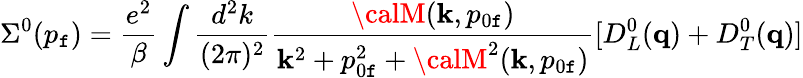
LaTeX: \Sigma^{0}(p_{\mathtt{f}})={\frac{{e^{2}}}{{\beta}}}\int{\frac{{d^{2}k}}{{(2\pi)^{2}}}}{\frac{{{\calM}({\mathbf{k}},p_{0\mathtt{f}})}}{{{\mathbf{k}}^{2}+p_{0\mathtt{f}}^{2}+{\calM}^{2}({\mathbf{k}},p_{0\mathtt{f}})}}}[D_{L}^{0}({\mathbf{q}})+D_{T}^{0}({\mathbf{q}})]